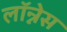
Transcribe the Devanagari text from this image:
लॉन्नेस